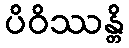
ပိဝိဿန္တိ